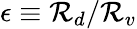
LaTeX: \epsilon\equiv\mathcal{R}_{d}/\mathcal{R}_{v}